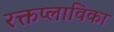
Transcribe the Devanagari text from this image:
रक्तप्लाविका